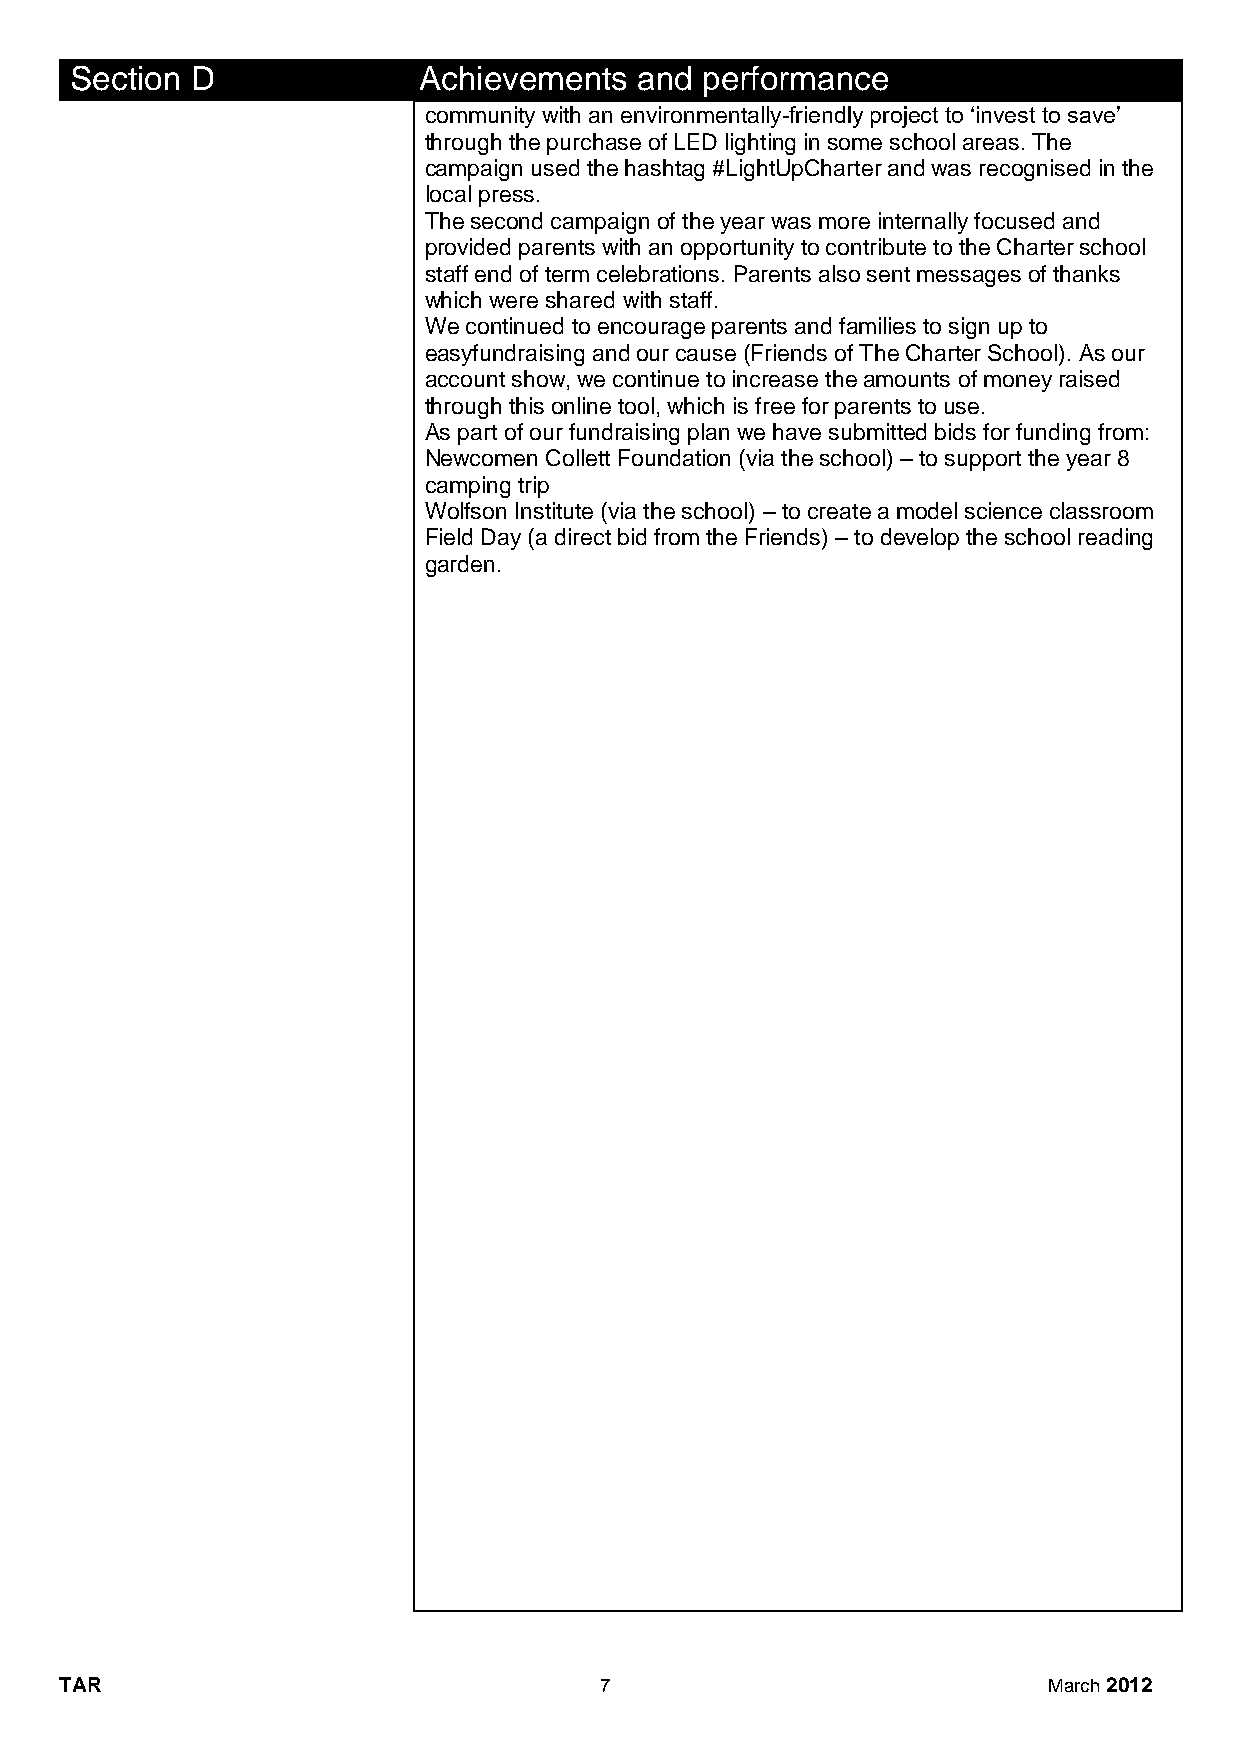
Section D              Achievements  and performance
 community with an environmentally-friendly project to ‘invest to save’
 through the purchase of LED lighting in some school areas. The
 campaign used the hashtag #LightUpCharter and was recognised in the
 local press.
 The second campaign of the year was more internally focused and
 provided parents with an opportunity to contribute to the Charter school
 staff end of term celebrations. Parents also sent messages of thanks
 which were shared with staff.
 We continued to encourage parents and families to sign up to
 easyfundraising and our cause (Friends of The Charter School). As our
 account show, we continue to increase the amounts of money raised
 through this online tool, which is free for parents to use.
 As part of our fundraising plan we have submitted bids for funding from:
 Newcomen Collett Foundation (via the school) – to support the year 8
 camping trip
 Wolfson Institute (via the school) – to create a model science classroom
 Field Day (a direct bid from the Friends) – to develop the school reading
 garden.
 TAR                                 7                            March 2012